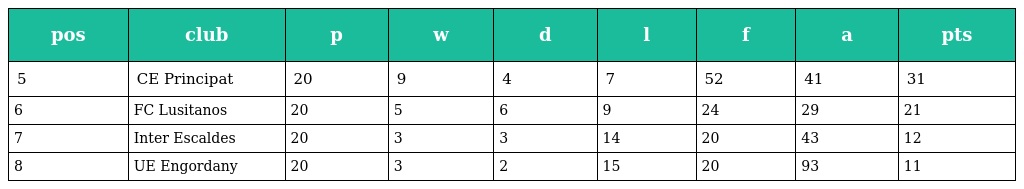
| pos | club | p | w | d | l | f | a | pts |
 | --- | --- | --- | --- | --- | --- | --- | --- | --- |
 | 5 | CE Principat | 20 | 9 | 4 | 7 | 52 | 41 | 31 |
 | 6 | FC Lusitanos | 20 | 5 | 6 | 9 | 24 | 29 | 21 |
 | 7 | Inter Escaldes | 20 | 3 | 3 | 14 | 20 | 43 | 12 |
 | 8 | UE Engordany | 20 | 3 | 2 | 15 | 20 | 93 | 11 |